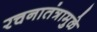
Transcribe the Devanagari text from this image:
रचनातंत्रामुळे